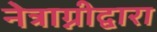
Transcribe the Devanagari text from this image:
नेत्राग्नीद्वारा